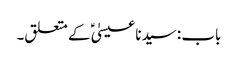
باب : سیدنا عیسیٰؑ کے متعلق۔